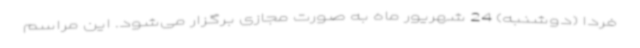
فردا (دوشنبه) 24 شهریور ماه به صورت مجازی برگزار می‌شود. این مراسم